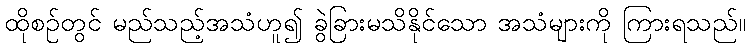
ထိုစဉ်တွင် မည်သည့်အသံဟူ၍ ခွဲခြားမသိနိုင်သော အသံများကို ကြားရသည်။